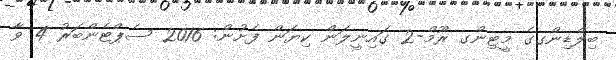
ބިލްޑިންގގެ މީޓިންގ ރޫމް-2 ގައިނީލަން ކިޔަން ފެށުން: 2016 ސެޕްޓެންބަރު 4 ވާ